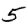
Digit: 5